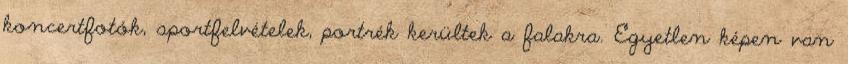
koncertfotók, sportfelvételek, portrék kerültek a falakra. Egyetlen képen van